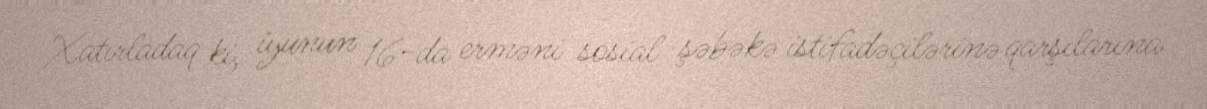
Xatırladaq ki, iyunun 16-da erməni sosial şəbəkə istifadəçilərinə qarşılarına